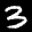
Label: 3